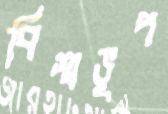
বিশ্বভূপ